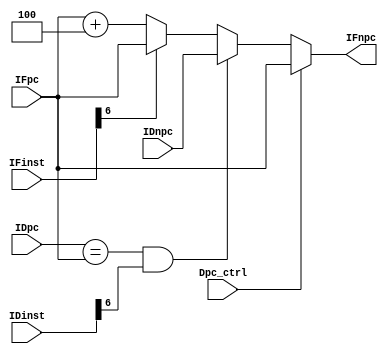
module BranchHazard(
    input wire[31:0]IFpc,
    input wire[31:0]IDpc,
    
    input wire Dpc_ctrl,    // from data hazard
    input wire[31:0]IFinst,
    input wire[31:0]IDinst,
    
    input wire[31:0]IDnpc,
    
    output reg[31:0]IFnpc
    );
    
    always@(*)begin
        if(Dpc_ctrl)                                IFnpc = IFpc;           // dataHazard bubble
        else if(IDpc == IFpc && IDinst[6] == 1'b1)  IFnpc = IDnpc;          // jal/jalr/B excute
        else if(IFinst[6] == 1'b1)                  IFnpc = IFpc;           // jal/jalr/B bubble
        else                                        IFnpc = IFpc + 32'd4;
    end
    
endmodule